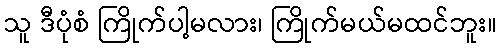
သူ ဒီပုံစံ ကြိုက်ပါ့မလား၊ ကြိုက်မယ်မထင်ဘူး။